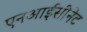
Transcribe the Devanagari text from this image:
एनआईसीनेट